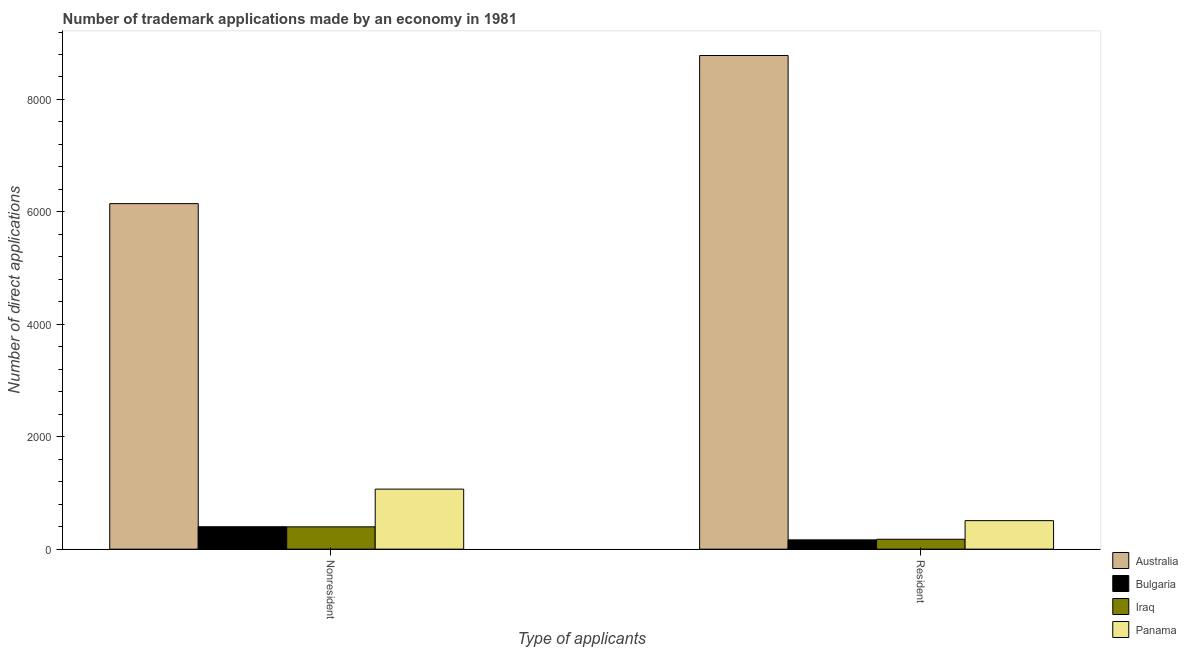
| Type of applicants | Australia | Bulgaria | Iraq | Panama |
 | --- | --- | --- | --- | --- |
 | Nonresident | 6.15e+03 | 399 | 397 | 1.07e+03 |
 | Resident | 8.78e+03 | 165 | 176 | 507 |